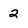
Character: 2